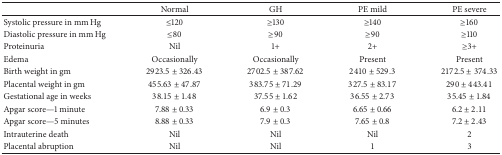
|  | Normal | GH | PE mild | PE severe |
 | --- | --- | --- | --- | --- |
 | Systolic pressure in mm Hg | ≤120 | ≥130 | ≥140 | ≥160 |
 | Diastolic pressure in mm Hg | ≤80 | ≥90 | ≥90 | ≥110 |
 | Proteinuria | Nil | 1+ | 2+ | ≥3+ |
 | Edema | Occasionally | Occasionally | Present | Present |
 | Birth weight in gm | 2923.5 ± 326.43 | 2702.5 ± 387.62 | 2410 ± 529.3 | 2172.5 ± 374.33 |
 | Placental weight in gm | 455.63 ± 47.87 | 383.75 ± 71.29 | 327.5 ± 83.17 | 290 ± 443.41 |
 | Gestational age in weeks | 38.15 ± 1.48 | 37.55 ± 1.62 | 36.55 ± 2.73 | 35.45 ± 1.84 |
 | Apgar score—1 minute | 7.88 ± 0.33 | 6.9 ± 0.3 | 6.65 ± 0.66 | 6.2 ± 2.11 |
 | Apgar score—5 minutes | 8.88 ± 0.33 | 7.9 ± 0.3 | 7.65 ± 0.8 | 7.2 ± 2.43 |
 | Intrauterine death | Nil | Nil | Nil | 2 |
 | Placental abruption | Nil | Nil | 1 | 3 |